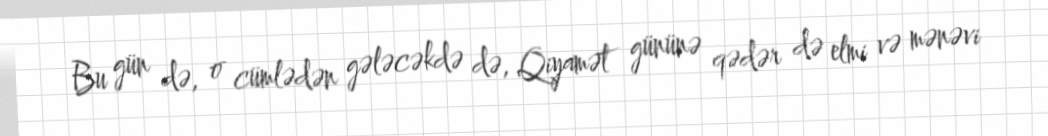
Bu gün də, o cümlədən gələcəkdə də, Qiyamət gününə qədər də elmi və mənəvi